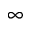
\infty